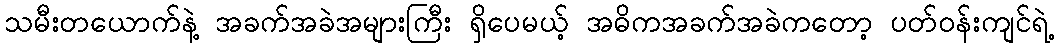
သမီးတယောက်နဲ့ အခက်အခဲအများကြီး ရှိပေမယ့် အဓိကအခက်အခဲကတော့ ပတ်ဝန်းကျင်ရဲ့